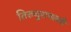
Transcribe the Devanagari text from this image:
तिरुचुरापल्ली